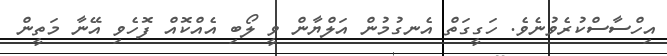
އިހްސާސްކުރެވުނެވެ. ހަގީގަތް އެނގުމުން އަލްޔާން ވީ ލޯބި އެއްކޮއް ފޮހެވި އޭނާ މަތީން